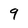
Character: 9